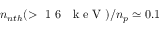
n _ { n t h } ( > \mathrm { ~ 1 ~ 6 ~ ~ ~ k ~ e ~ V ~ } ) / n _ { p } \simeq 0 . 1